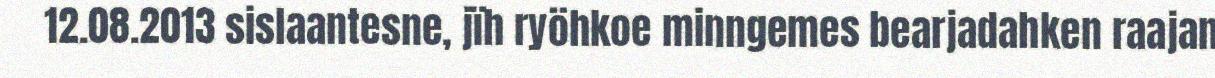
12.08.2013 sislaantesne, jïh ryöhkoe minngemes bearjadahken raajan